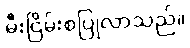
မီးငြိမ်းစပြုလာသည်။